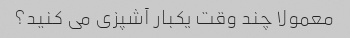
معمولا چند وقت یکبار آشپزی می کنید؟